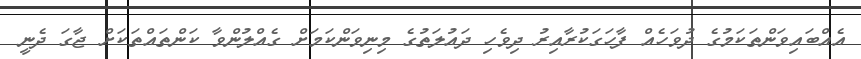
އެއްބައިވަންތަކަމުގެ ދުވަހެއް ފާހަގަކުރާއިރު ދިވެހި ދައުލަތުގެ މިނިވަންކަމަށް ގެއްލުންވާ ކަންތައްތަކަށް ޖާގަ ދެނީ